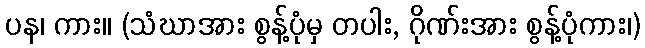
ပန၊ ကား။ (သံဃာအား စွန့်ပုံမှ တပါး, ဂိုဏ်းအား စွန့်ပုံကား၊)